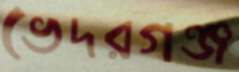
ভেদরগঞ্জ